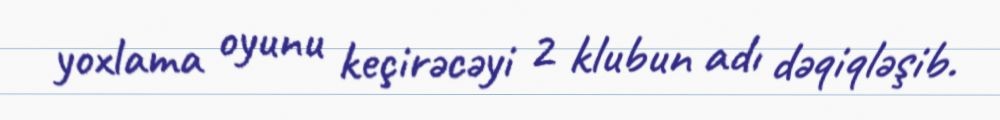
yoxlama oyunu keçirəcəyi 2 klubun adı dəqiqləşib.